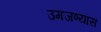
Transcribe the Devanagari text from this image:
उमजण्यास